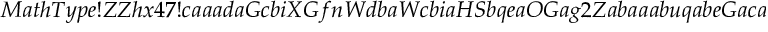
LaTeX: M a t h T y p e ! Z Z h x 4 7 ! c a a a d a G c b i X G f n W d b a W c b i a H S b q e a O G a g 2 Z a b a a a b u q a b e G a c a a a b i